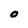
Character: O